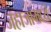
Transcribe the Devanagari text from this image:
जहाजामध्ये